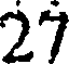
27